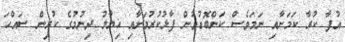
އުފާ ކުރާ ކަމަށާއި ނަމަވެސް ކަންބޮޑުވުން ފާޅުކުރުމަށާއި ޚިޔާލު ދިނުމުގެ ކުރިން ސައްހަ